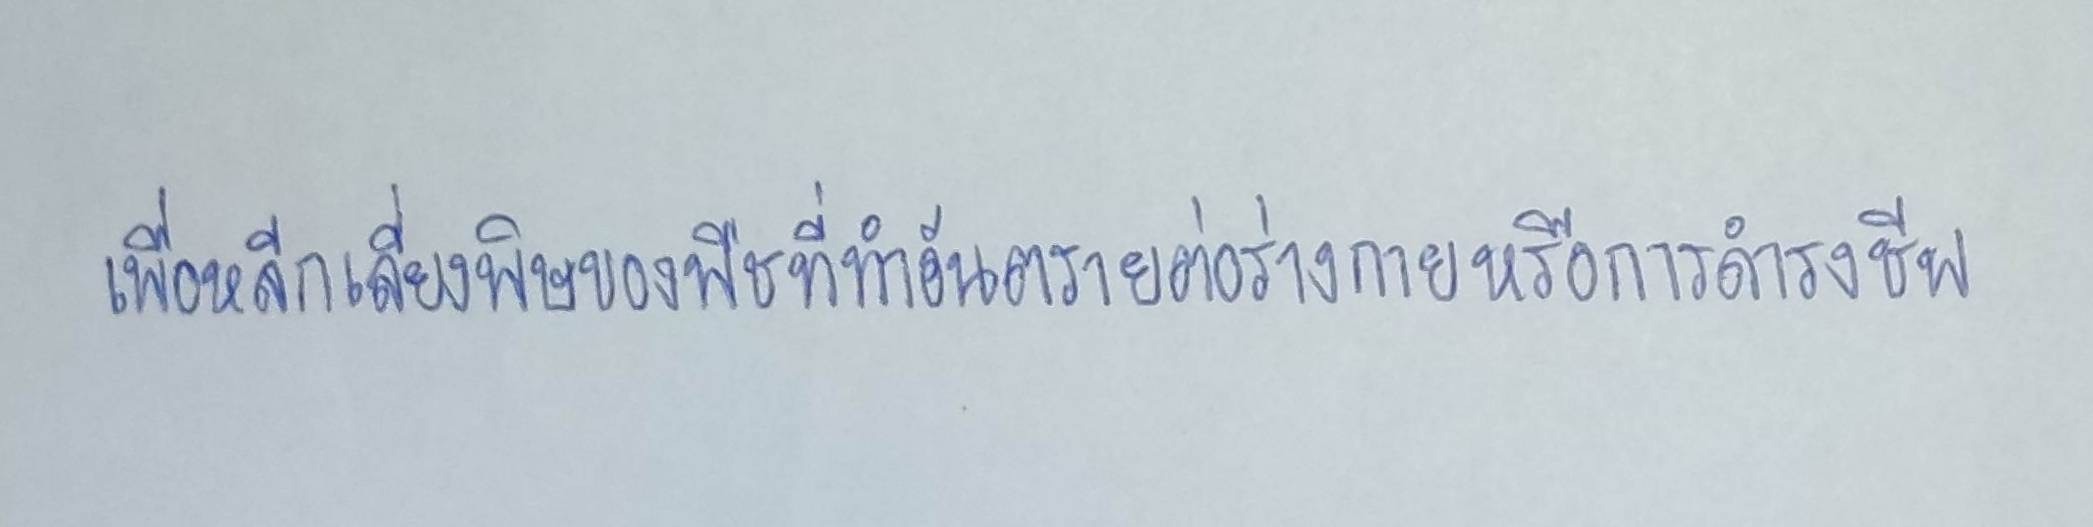
เพื่อหลีกเลี่ยงพิษของพืชที่ทำอันตรายต่อร่างกายหรือการดำรงชีพ